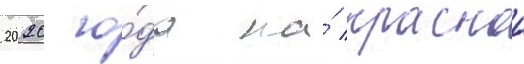
2020 го́да на́ краснои